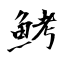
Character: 鮳